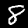
Label: 8